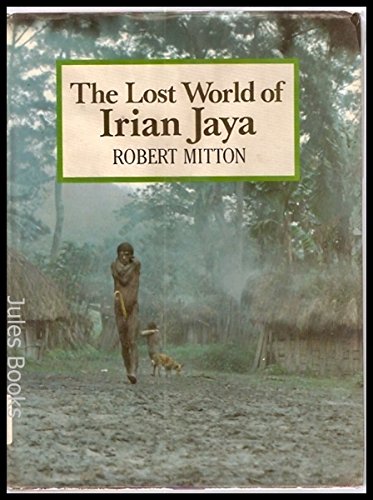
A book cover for The Lost World of Irian Jaya; Robert Mitton; Travel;